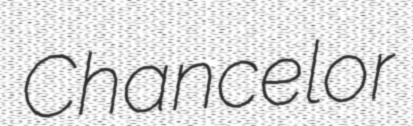
Chancelor